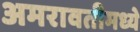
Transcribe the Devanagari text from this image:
अमरावतीमध्ये